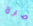
مرة